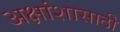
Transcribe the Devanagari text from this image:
अक्षांशासाठी